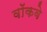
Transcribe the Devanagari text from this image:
वॉकवे